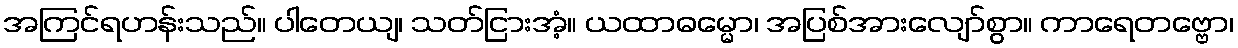
အကြင်ရဟန်းသည်။ ပါတေယျ၊ သတ်ငြားအံ့။ ယထာဓမ္မော၊ အပြစ်အားလျော်စွာ။ ကာရေတဗ္ဗော၊